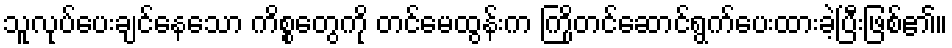
သူလုပ်ပေးချင်နေသော ကိစ္စတွေကို တင်မေထွန်းက ကြိုတင်ဆောင်ရွက်ပေးထားခဲ့ပြီးဖြစ်၏။